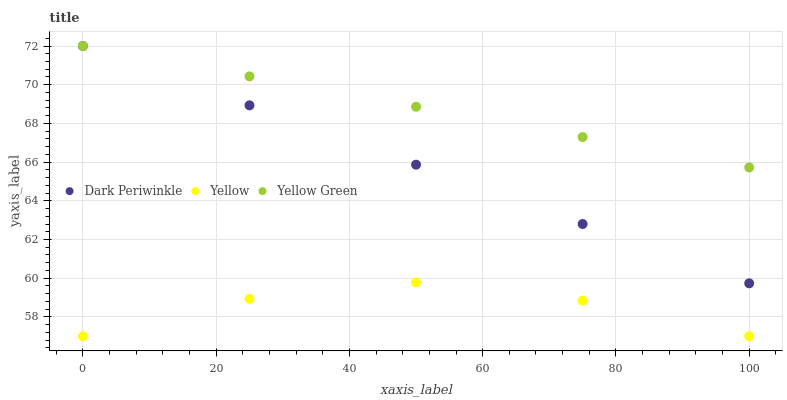
| xaxis_label | Dark Periwinkle | Yellow | Yellow Green |
 | --- | --- | --- | --- |
 | 0 | 72 | 57 | 72 |
 | 25 | 68.9 | 58.9 | 70.4 |
 | 50 | 65.9 | 59.8 | 68.9 |
 | 75 | 62.8 | 58.8 | 67.3 |
 | 100 | 59.7 | 57 | 65.7 |